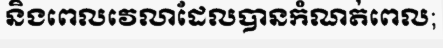
និងពេលវេលាដែលបានកំណត់ពេល;